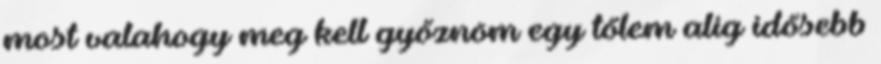
most valahogy meg kell győznöm egy tőlem alig idősebb